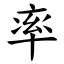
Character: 率